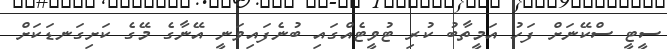
ސީޓީ ސްކޭނަށް ފަހު އަމީތާބު ކުރި ޓުވީޓެއްގައި ބުނެފައިވަނީ އޭނާގެ މޭގެ ކަށިގަނޑަކަށް